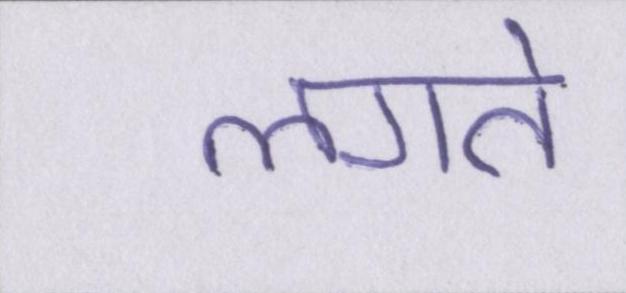
लगते